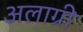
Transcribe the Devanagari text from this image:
अलाग्री